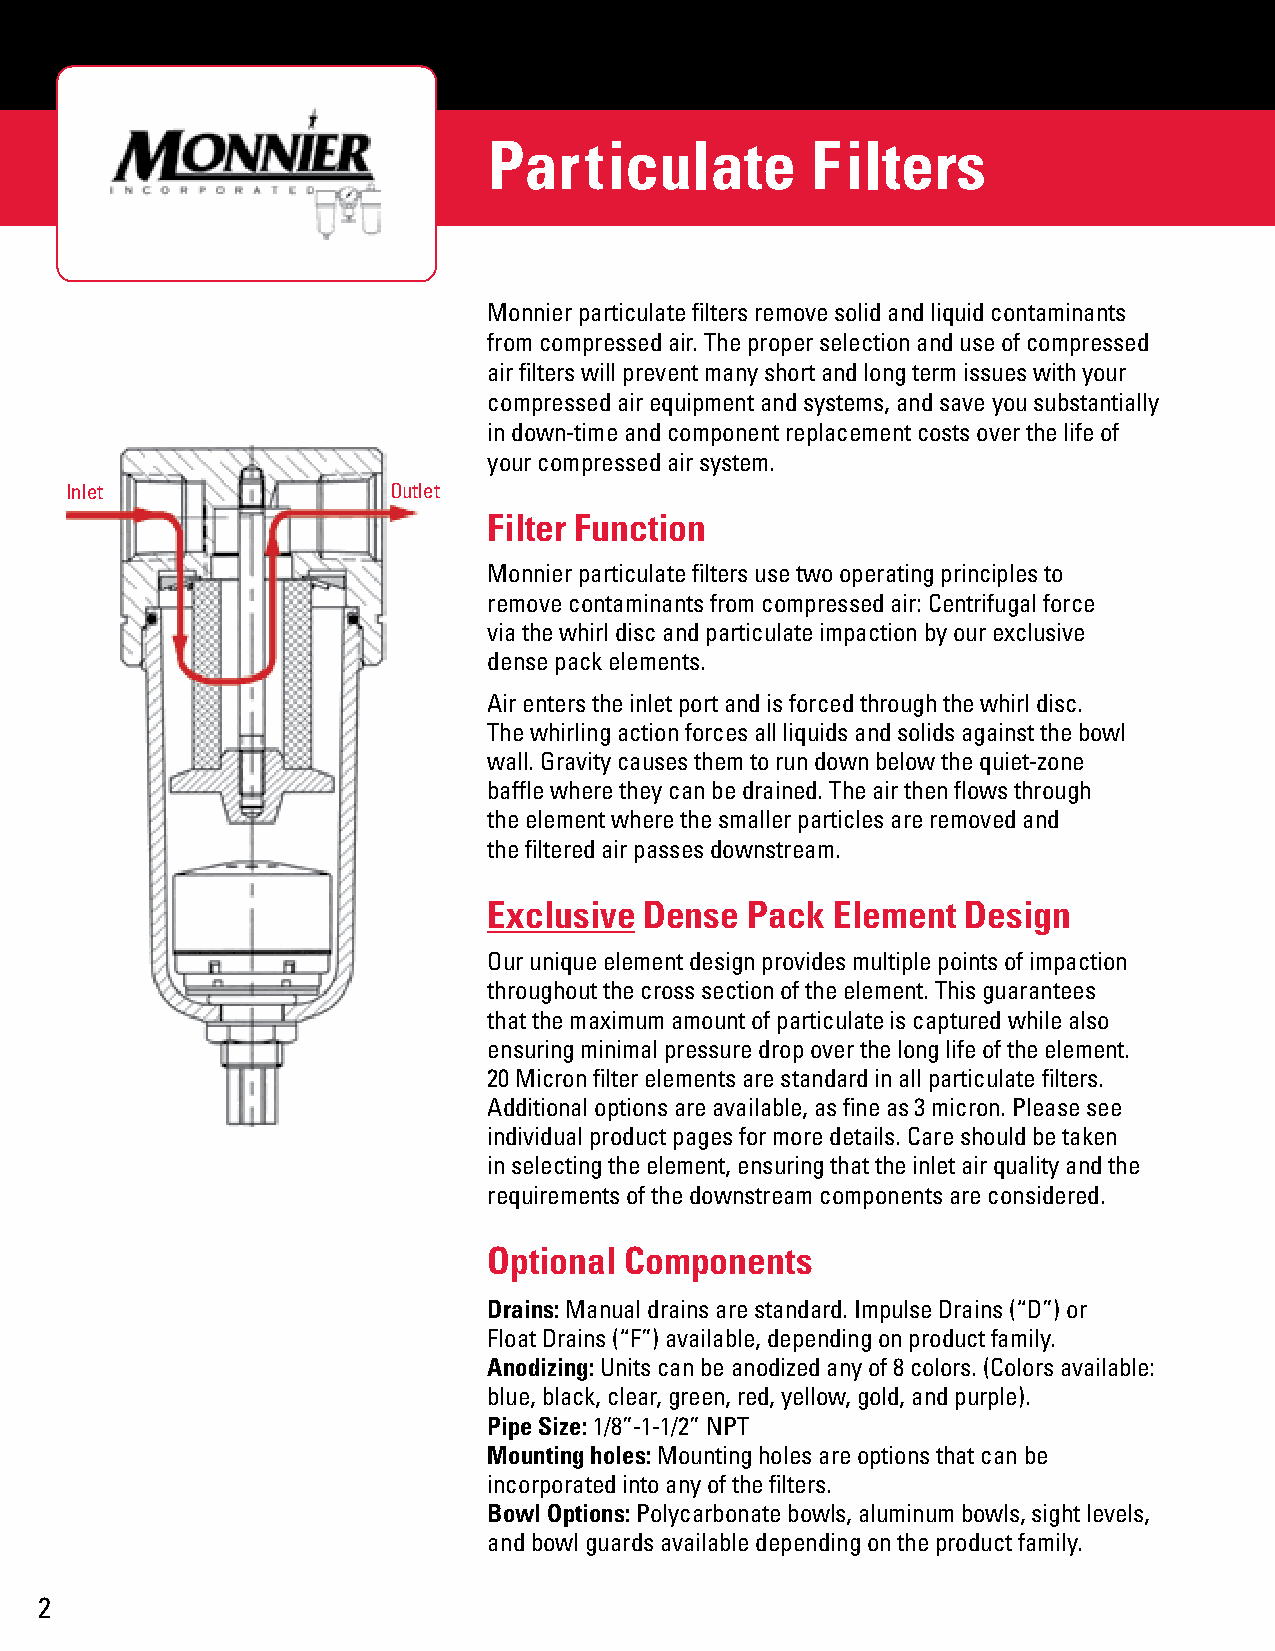
Particulate           Filters
 Monnier particulate filters remove solid and liquid contaminants
 from compressed air. The proper selection and use of compressed
 air filters will prevent many short and long term issues with your
 compressed air equipment and systems, and save you substantially
 in down-time and component replacement costs over the life of
 your compressed air system.
 Inlet                 Outlet
 Filter Function
 Monnier particulate filters use two operating principles to
 remove contaminants from compressed air: Centrifugal force
 via the whirl disc and particulate impaction by our exclusive
 dense pack elements.
 Air enters the inlet port and is forced through the whirl disc.
 The whirling action forces all liquids and solids against the bowl
 wall. Gravity causes them to run down below the quiet-zone
 baffle where they can be drained. The air then flows through
 the element where the smaller particles are removed and
 the filtered air passes downstream.
 Exclusive  Dense  Pack Element  Design
 Our unique element design provides multiple points of impaction
 throughout the cross section of the element. This guarantees
 that the maximum amount of particulate is captured while also
 ensuring minimal pressure drop over the long life of the element.
 20 Micron filter elements are standard in all particulate filters.
 Additional options are available, as fine as 3 micron. Please see
 individual product pages for more details. Care should be taken
 in selecting the element, ensuring that the inlet air quality and the
 requirements of the downstream components are considered.
 Optional Components
 Drains: Manual drains are standard. Impulse Drains (“D”) or
 Float Drains (“F”) available, depending on product family.
 Anodizing: Units can be anodized any of 8 colors. (Colors available:
 blue, black, clear, green, red, yellow, gold, and purple).
 Pipe Size: 1/8”-1-1/2” NPT
 Mounting holes: Mounting holes are options that can be
 incorporated into any of the filters.
 Bowl Options: Polycarbonate bowls, aluminum bowls, sight levels,
 and bowl guards available depending on the product family.
 2